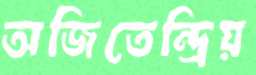
অজিতেন্দ্রিয়